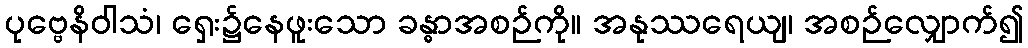
ပုဗ္ဗေနိဝါသံ၊ ရှေး၌နေဖူးသော ခန္ဓာအစဉ်ကို။ အနုဿရေယျ၊ အစဉ်လျှောက်၍